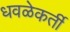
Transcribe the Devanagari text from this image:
धवळेकर्ती